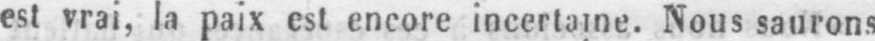
est vrai, la paix est encore incertaine. Nous saurons